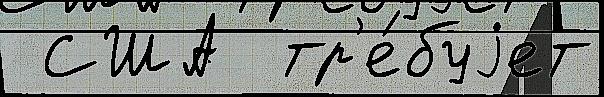
 США  тр'е́буjет